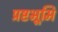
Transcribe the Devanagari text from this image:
प्रष्टभूमि